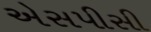
એસપીસી